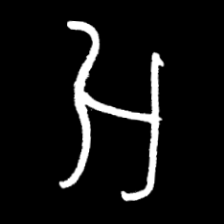
Pyu character \u2014 Myanmar letter: အ (romanized: a)